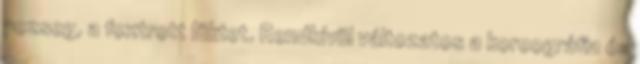
pezseg, a foxtrott lüktet. Rendkívül változatos a koreográfia és